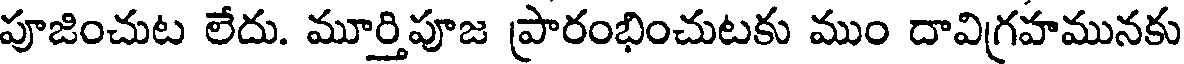
పూజించుట లేదు. మూర్తిపూజ ప్రారంభించుటకు ముం దావిగ్రహమునకు